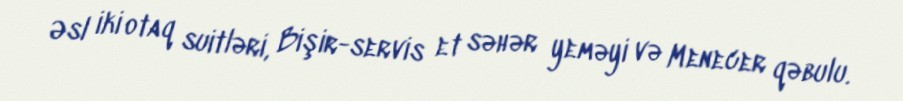
Əsl iki otaq suitləri, Bişir-servis et səhər yeməyi və Menecer qəbulu.